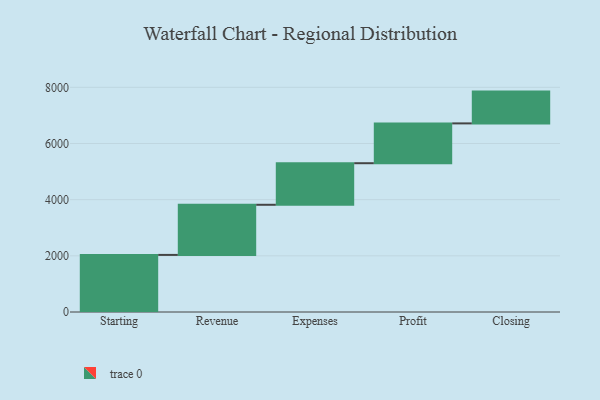
{"axis": {"x": "Step", "y": "Value"}, "legend": [""], "data": [{"x": "Starting", "y": 2033.0, "type": ""}, {"x": "Revenue", "y": 1785.0, "type": ""}, {"x": "Expenses", "y": 1480.0, "type": ""}, {"x": "Profit", "y": 1418.0, "type": ""}, {"x": "Closing", "y": 1132.0, "type": ""}]}